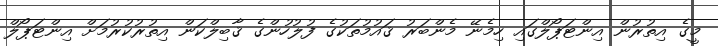
މީގެ އިތުރުން އިންޓަޕޯލްގައި ހިމެނޭ މެންބަރު ޤައުމުތަކުގެ ފުލުހުންގެ ޤާބިލްކަން އިތުރުކުރުމަށް އިންޓަޕޯލް